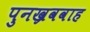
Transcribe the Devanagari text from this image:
पुनख्रववाह